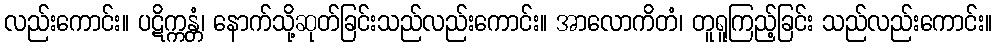
လည်းကောင်း။ ပဋိက္ကန္တံ၊ နောက်သို့ဆုတ်ခြင်းသည်လည်းကောင်း။ အာလောကိတံ၊ တူရူကြည့်ခြင်း သည်လည်းကောင်း။